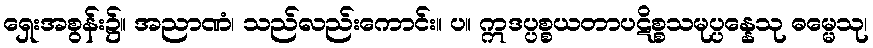
ရှေးအစွန်း၌။ အညာဏံ၊ သည်လည်းကောင်း။ ပ။ ဣဒပ္ပစ္စယတာပဋိစ္စသမုပ္ပန္နေသု ဓမ္မေသု၊